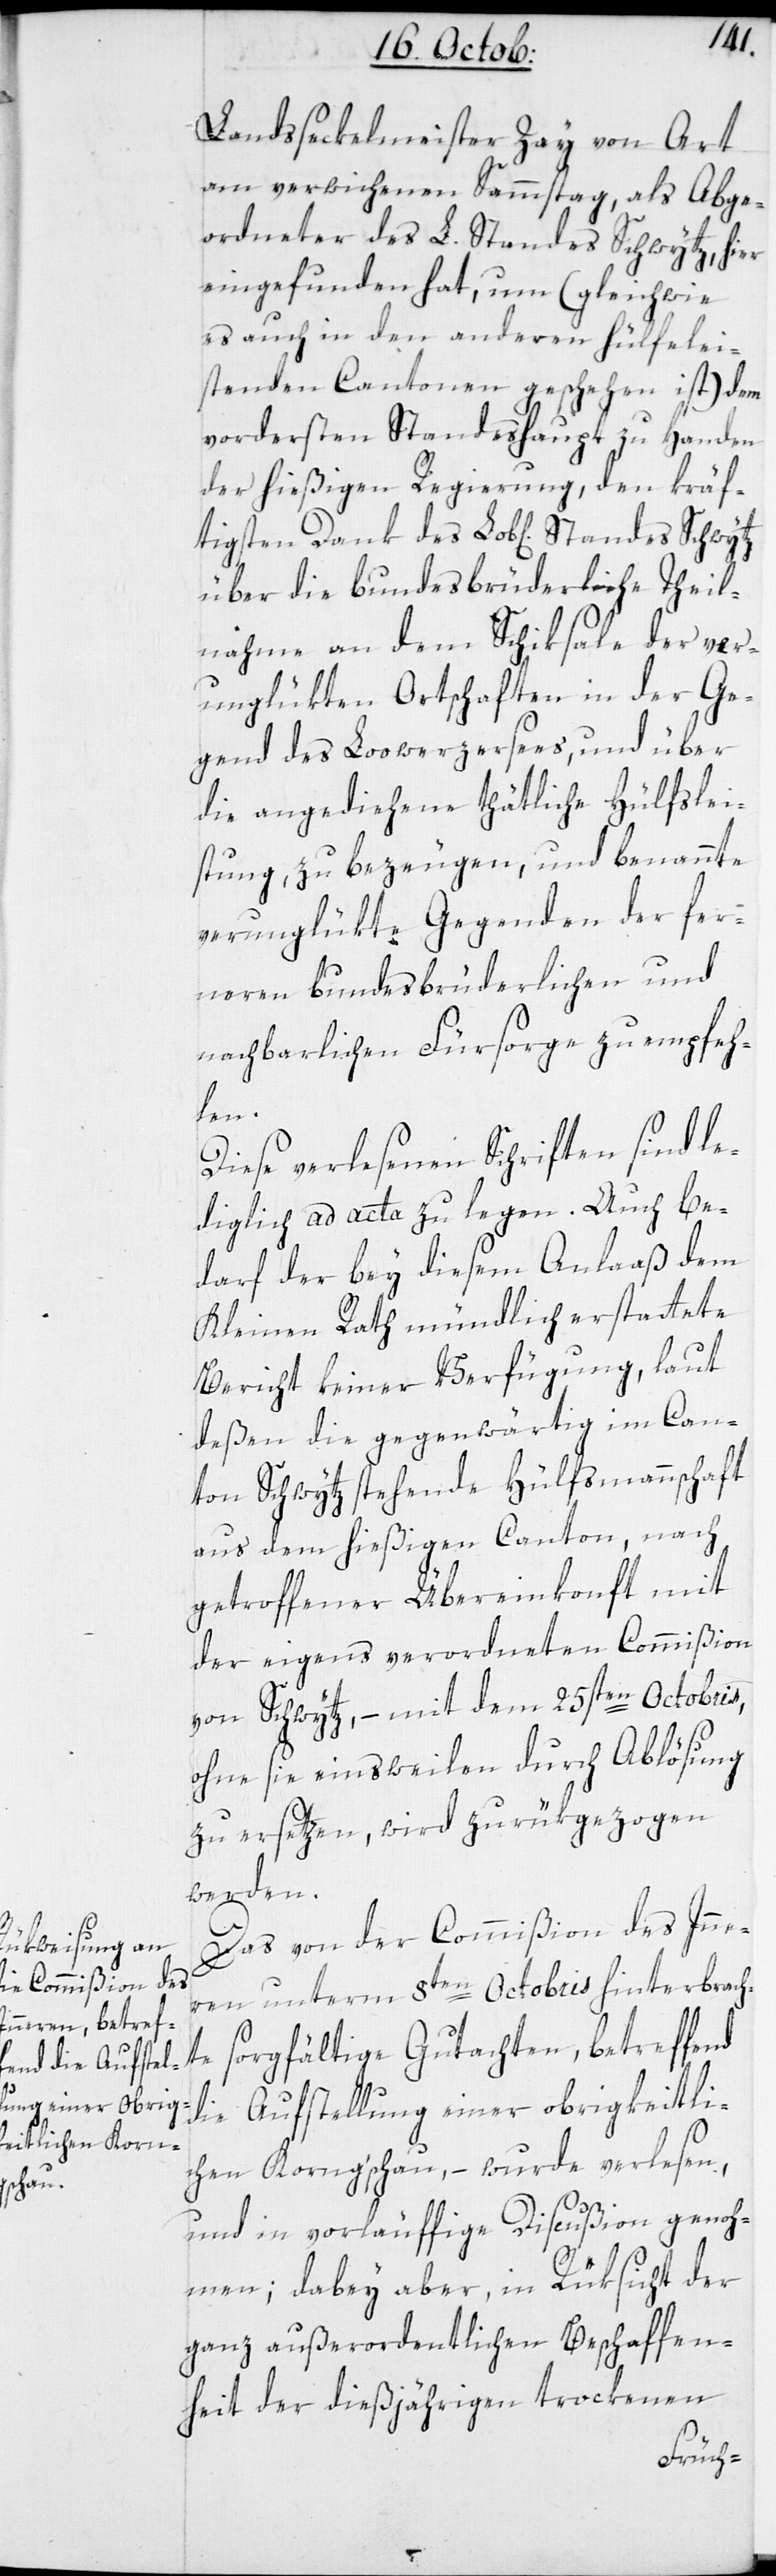
Landsseckelmeister Zay von Art
am verwichenen Sammstag, als Abge¬
ordneter des L. Standes Schwytz, hier
eingefunden hat, um (gleichwie
es auch in den anderen hülfelei¬
stenden Cantonen geschehen ist) dem
vordersten Standeshaupt zu Handen
der hießigen Regierung, den kräf¬
tigsten Dank des Lobl[ichen] Standes
über die bundesbrüderliche Theil¬
nahme an dem Schiksale der ver¬
unglükten Ortschaften in der Ge¬
gend des Lowerzersees, und über
die angediehene thätliche Hülfslei¬
stung, zu bezeugen, und benannte
verunglükte Gegenden der fer¬
neren bundesbrüderlichen und
nachbarlichen Fürsorge zu empfeh¬
len.
Diese verlesenen Schriften sind le¬
diglich ad acta zu legen. Auch be¬
darf der bey diesem Anlaß dem
Kleinen Rath mündlich erstattete
Bericht keiner Verfügung, laut
deßen die gegenwärtig im Can¬
ton Schwytz stehende Hülfsmannschaft
aus dem hießigen Canton, nach
getroffener Übereinkonft mit
der eigens verordneten Commißion
von Schwytz, – mit dem 25sten Octobris,
ohne sie einstweilen durch Ablösung
zu ersetzen, wird zurükgezogen
werden.
Das von der Commißion des Inne¬
rn unterm 8ten Octobris hinterbrach¬
te sorgfältige Gutachten, betreffend
die Aufstellung einer obrigkeitli¬
chen Korngschau, – wurde verlesen,
und in vorläufige Discußion genoh¬
men, dabey aber in Rüksicht der
ganz außerordentlichen Beschaffen¬
heit der dießjährigen trockenen